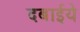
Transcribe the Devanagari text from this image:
दबाईये